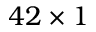
4 2 \times 1